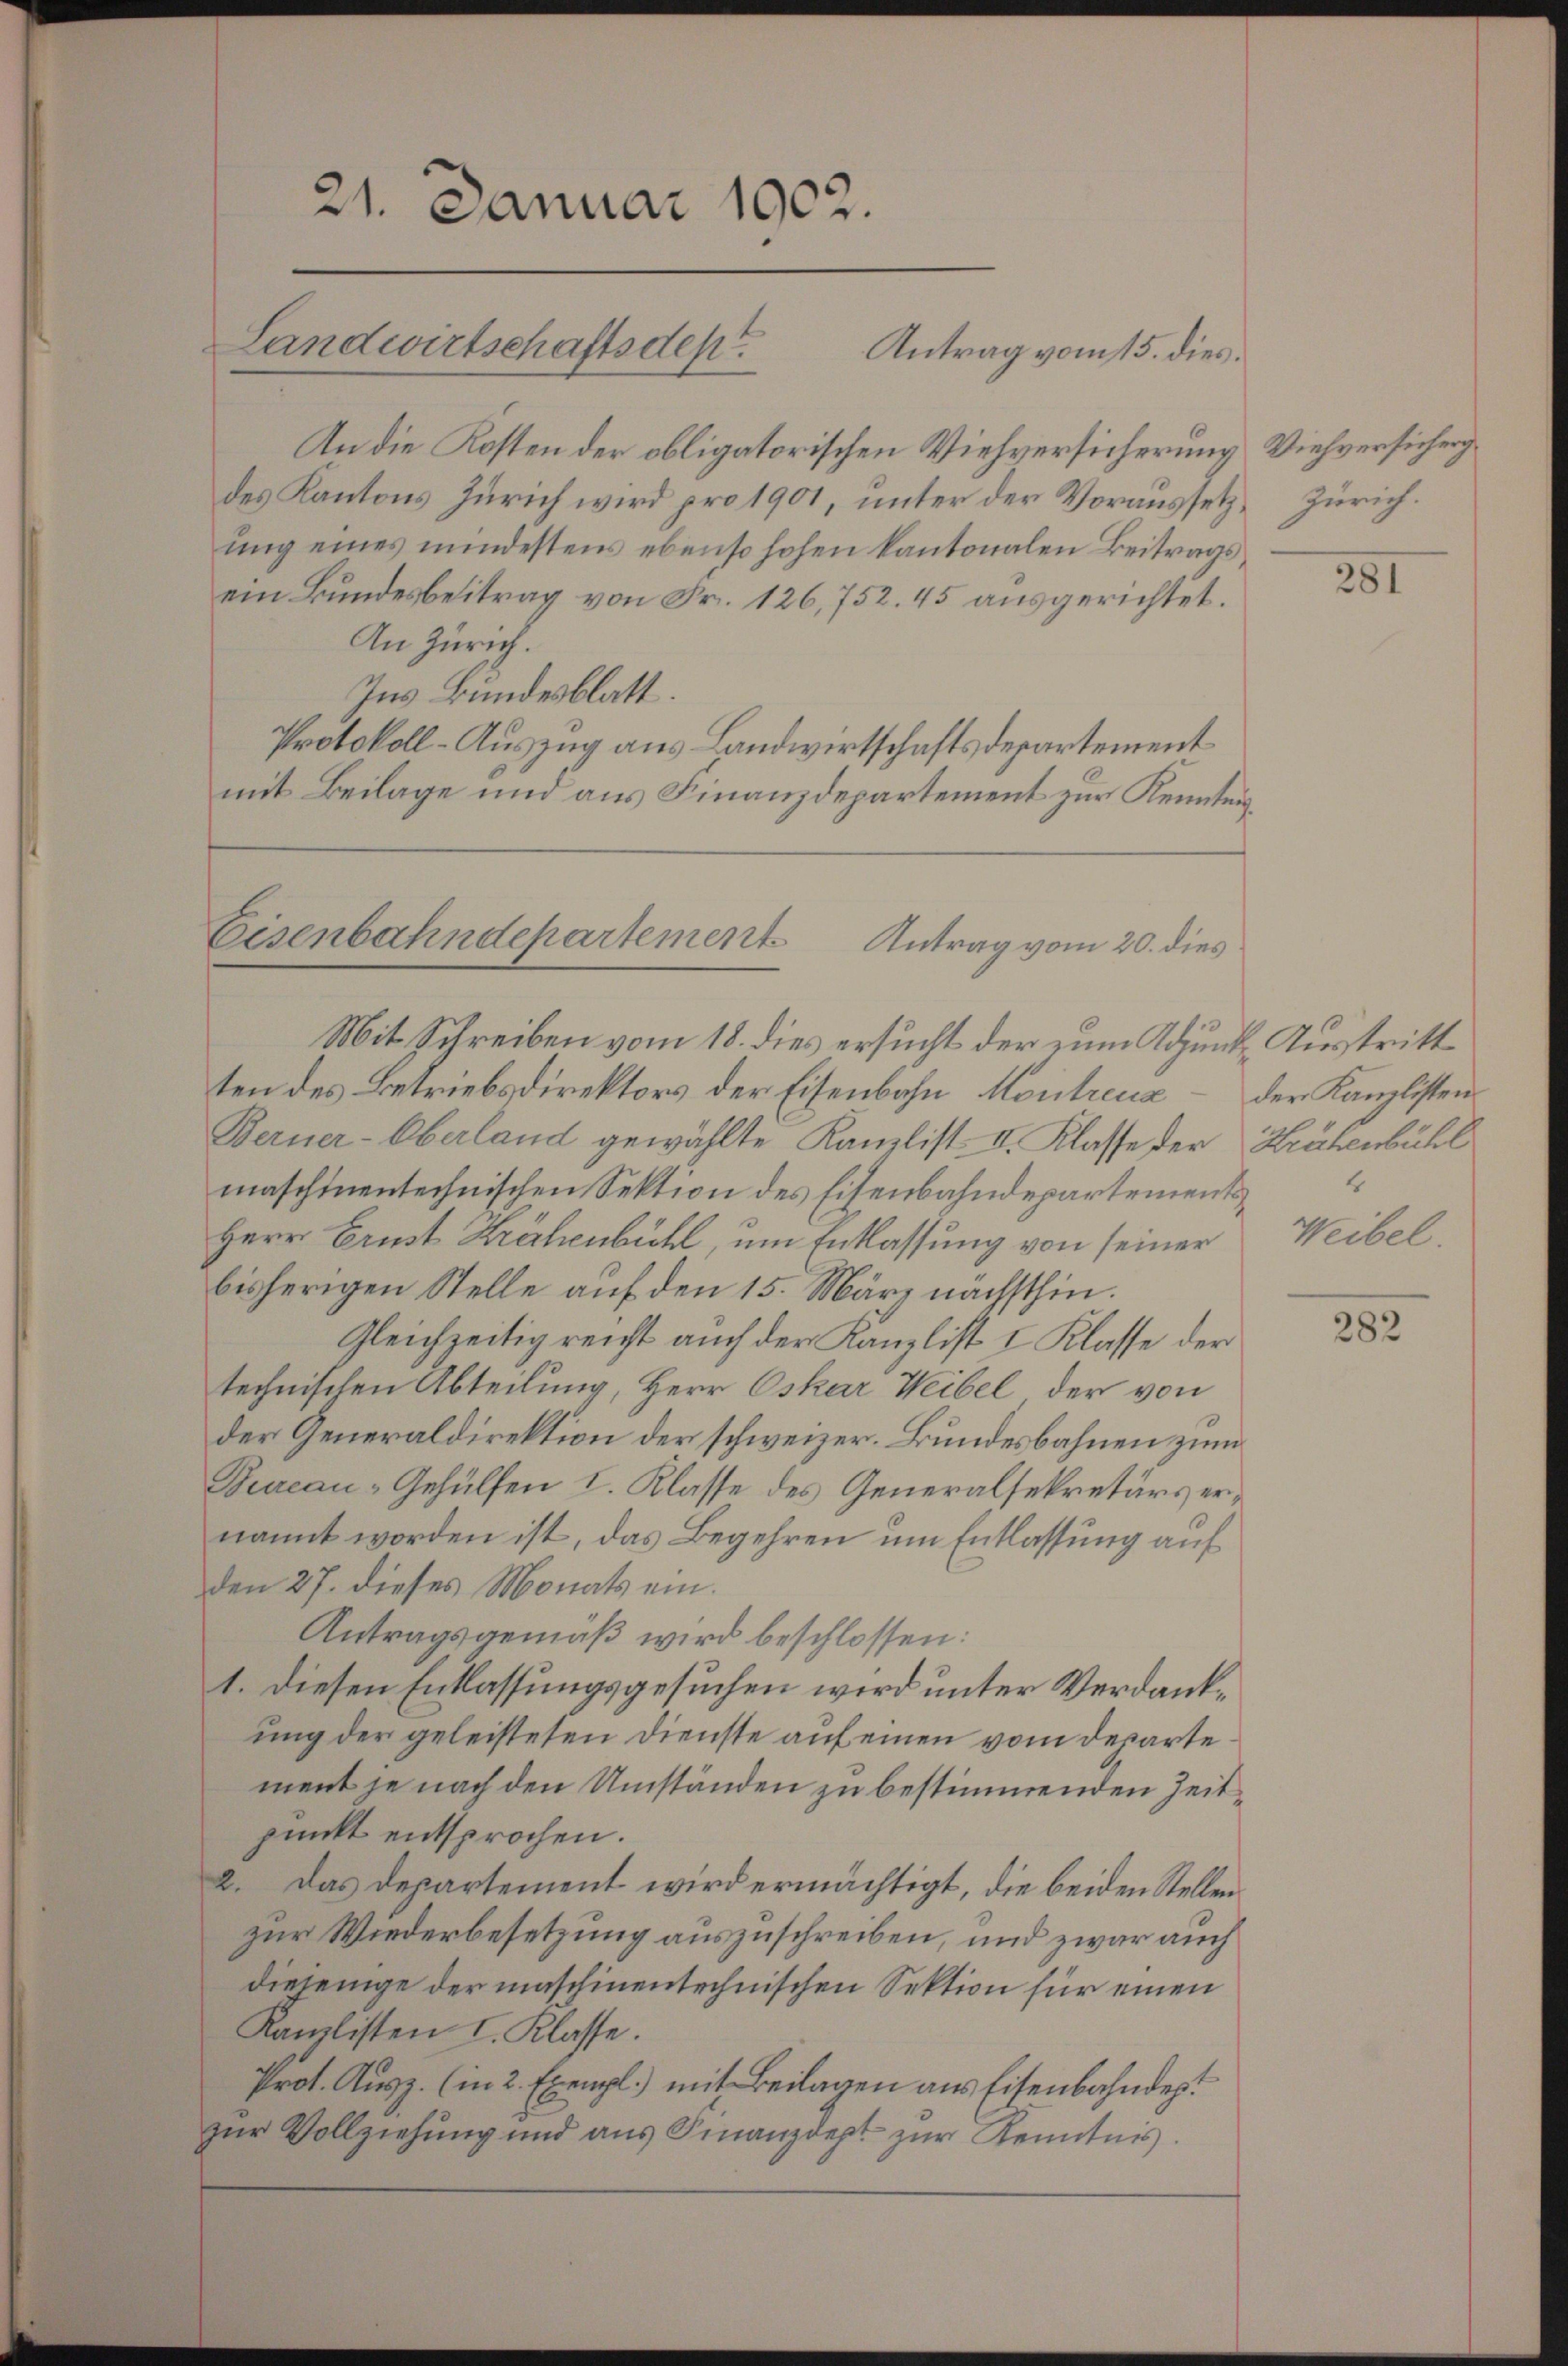
21. Januar 1902.

Antrag vom 15. dies
An die Kosten der obligatorischen Viehversicherung Viehversicherg
des Kantons Zürich wird pro 1901, unter der Voraussetz, Zürich.
ung eines mindestens ebenso hohen kantonalen Beitrags,
ein Bundesbeitrag von Fr. 126,752. 45 ausgerichtet.
An Zürich.
Ins Bundesblatt.
Protokoll-Auszug aus Landwirtschaftsdepartement
mit Beilage und aus Finanzdepartement zur Kenntnis¬

Landwirtschaftsdest

Eisenbahndepartement Antrag vom 20. dies

Mit Schreiben vom 18. dies ersucht der zum Adjunk, Austritt
ten des Betriebsdirektors der Eisenbahn, Montreuz – der Kanzlisten
Berner-Oberland gewählte Kanzlist. I. Klasse der Krähenbühl
maschinentechnischen Sektion des Eisenbahndepartements¬
Herr Brust Krähenbühl, um Entlassung von seiner Weibel,
bisherigen Stelle auf den 15. März nächsthin.
Gleichzeitig reicht auch der Kanzlist I Klasse der
technischen Abteilung, Herr Oskar Weibel der von
der Generaldirektion der schweizer. Bundesbahnen zum
Bureau-Gehülfen I. Klasse des Generalsekretärs ernannt worden ist, das Begehren um Entlassung auf
den 27. dieses Monats ein.
Antragsgemäß wird beschlossen:
1. Diesen Entlassungsgesuchen wird unter Verdankung der geleisteten Dienste auf einen vom Departe
ment je nach den Umständen zu bestimmenden Zeit
punkt entsprochen.
2. Das Departement wird ermächtigt, die beiden Stellen
zur Wiederbesetzung auszuschreiben, und zwar auch
diejenige der maschinentechnischen Sektion für einen
Kanzlisten I. Klasse.
Prot. Ausz. (in 2 Exempl.) mit Beilagen aus Eisenbahndep
zur Vollziehung und ans Finanzdept zŭr Kenntnis.

281

4

282